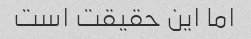
اما این حقیقت است